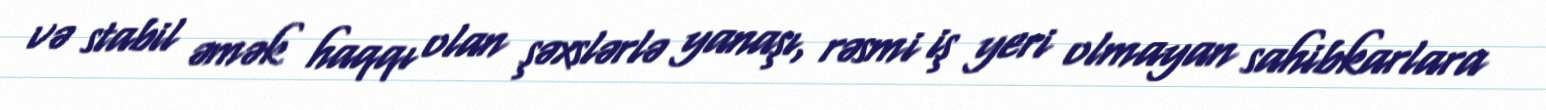
və stabil əmək haqqı olan şəxslərlə yanaşı, rəsmi iş yeri olmayan sahibkarlara